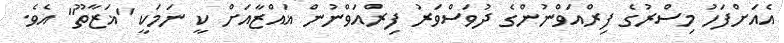
އެއަށްފަހު މިސްރުގެ ފިރްއަވްނުންގެ ދުވަސްވަރު ފިރްއަވްނުން ޣައްޒާއަށް ކީ ނަމަކީ "ޣަޒާތޫ" އެވެ.